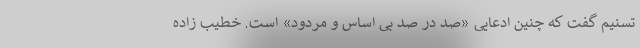
تسنیم گفت که چنین ادعایی «صد در صد بی اساس و مردود» است. خطیب زاده